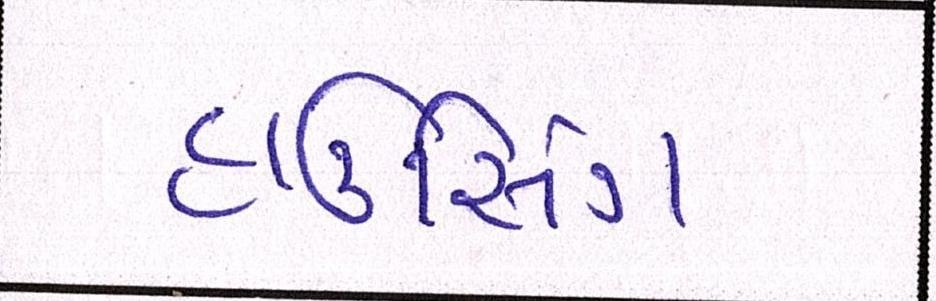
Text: હાઉસિંગ